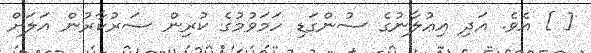
[ ] އެވެ. އަދި އިޢުލާނުގެ ސުންގަޑި ހަމަވުމުގެ ކުރިން ސަރުކާރުން އަލަށް